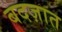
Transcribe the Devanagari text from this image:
बदज़ात